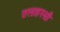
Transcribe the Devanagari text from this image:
तलाहस्सी